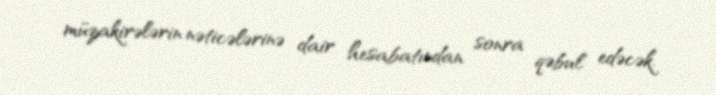
müzakirələrin nəticələrinə dair hesabatından sonra qəbul edəcək.